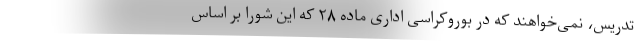
تدریس، نمی‌خواهند که در بوروکراسی اداری ماده ۲۸ که این شورا بر اساس